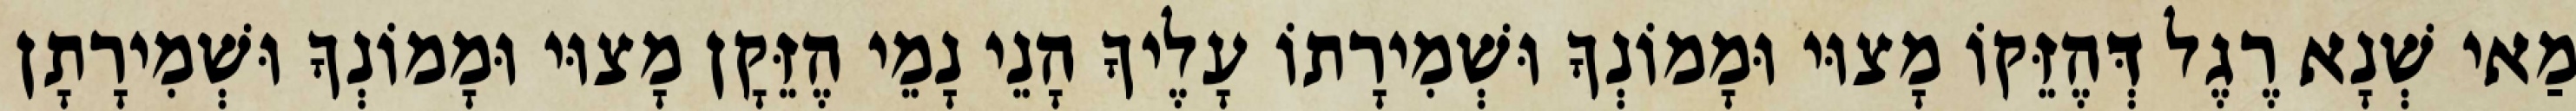
מַאי שְׁנָא רֶגֶל דְּהֶזֵּקוֹ מָצוּי וּמָמוֹנְךָ וּשְׁמִירָתוֹ עָלֶיךָ הָנֵי נָמֵי הֶזֵּקָן מָצוּי וּמָמוֹנְךָ וּשְׁמִירָתָן